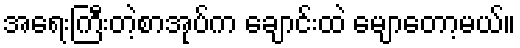
အရေးကြီးတဲ့စာအုပ်က ချောင်းထဲ မျောတော့မယ်။